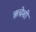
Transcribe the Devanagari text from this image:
ऋचेशी